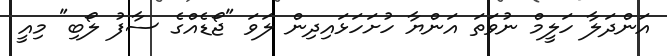
އަންދަލާ ހަލީމް ނުވަތަ އަންޔާ ހުށަހަޅައިދިން ލަވަ "ޖޯޑެއްގެ ސާފު ލޯބި" މިއީ